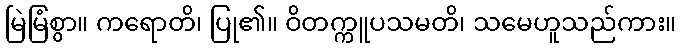
မြဲမြံစွာ။ ကရောတိ၊ ပြု၏။ ဝိတက္ကူပသမတိ၊ သမေဟူသည်ကား။